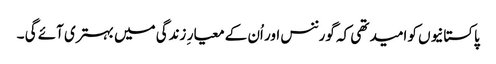
پاکستانیوں کو امید تھی کہ گورننس اور اُن کے معیار ِ زندگی میں بہتری آئے گی ۔